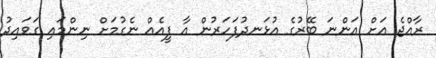
ރާއްޖެ އަށް އަންނަ ބޭރުގެ އުޅަނދުފަހަރުން އާ ފީއެއް ނެގުމަށް ނިންމައި ގަވައިދު